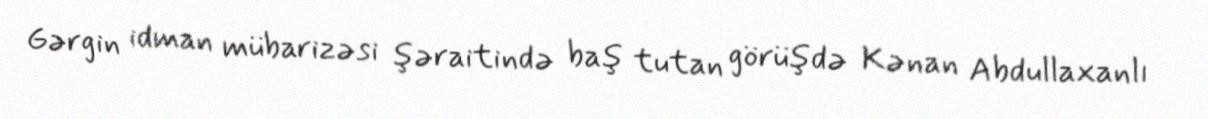
Gərgin idman mübarizəsi şəraitində baş tutan görüşdə Kənan Abdullaxanlı